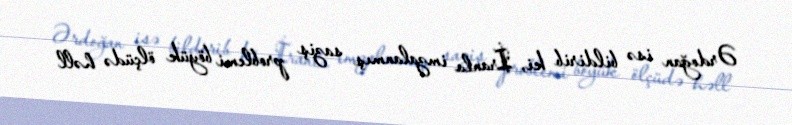
Ərdoğan isə bildirib ki, İranla imzalanmış saziş problemi böyük ölçüdə həll